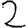
Digit: 2